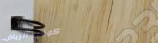
كوفي الرياض